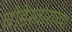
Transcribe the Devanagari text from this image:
घोडेस्वाराच्या